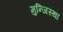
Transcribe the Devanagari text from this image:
मुन्जिस्था